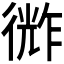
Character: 𪫗